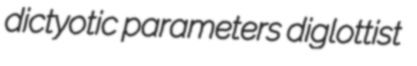
dictyotic parameters diglottist